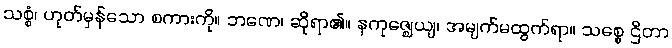
သစ္စံ၊ ဟုတ်မှန်သော စကားကို။ ဘဏေ၊ ဆိုရာ၏။ နကုဇ္ဈေယျ၊ အမျက်မထွက်ရာ။ သစ္စေ ဌိတာ